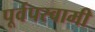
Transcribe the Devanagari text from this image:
पूर्वपस्वामी